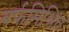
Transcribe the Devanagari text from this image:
बर्फमिश्रित